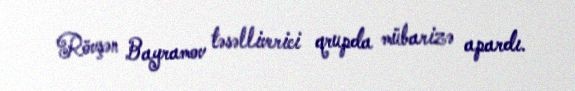
Rövşən Bayramov təsəlliverici qrupda mübarizə apardı.